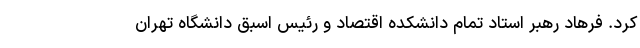
کرد. فرهاد رهبر استاد تمام دانشکده اقتصاد و رئیس اسبق دانشگاه تهران